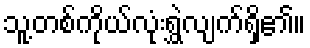
သူ့တစ်ကိုယ်လုံးရွှဲလျက်ရှိ၏။